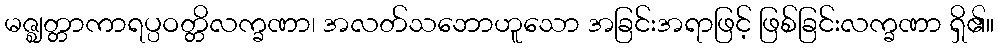
မဇ္ဈတ္တာကာရပ္ပဝတ္တိလက္ခဏာ၊ အလတ်သဘောဟူသော အခြင်းအရာဖြင့် ဖြစ်ခြင်းလက္ခဏာ ရှိ၏။